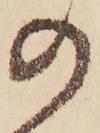
の